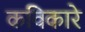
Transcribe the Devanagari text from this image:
कविकारे